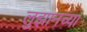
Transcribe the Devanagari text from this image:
लुझानच्या